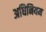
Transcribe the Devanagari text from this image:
अधिनियम